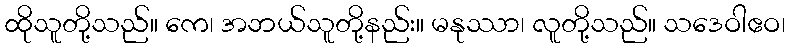
ထိုသူတို့သည်။ ကေ၊ အဘယ်သူတို့နည်း။ မနုဿာ၊ လူတို့သည်။ သဒေဝါဧဝ၊